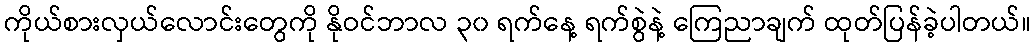
ကိုယ်စားလှယ်လောင်းတွေကို နိုဝင်ဘာလ ၃၀ ရက်နေ့ ရက်စွဲနဲ့ ကြေညာချက် ထုတ်ပြန်ခဲ့ပါတယ်။